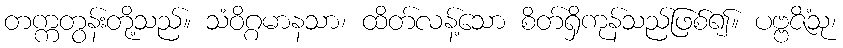
တက္ကတွန်းတို့သည်။ သံဝိဂ္ဂမာနသာ၊ ထိတ်လန့်သော စိတ်ရှိကုန်သည်ဖြစ်၍။ ပဗ္ဗဇိံသု၊